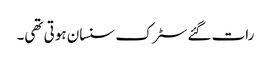
رات گئے سٹرک سنسان ہوتی تھی۔